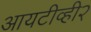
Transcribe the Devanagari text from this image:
आयटीव्ही२